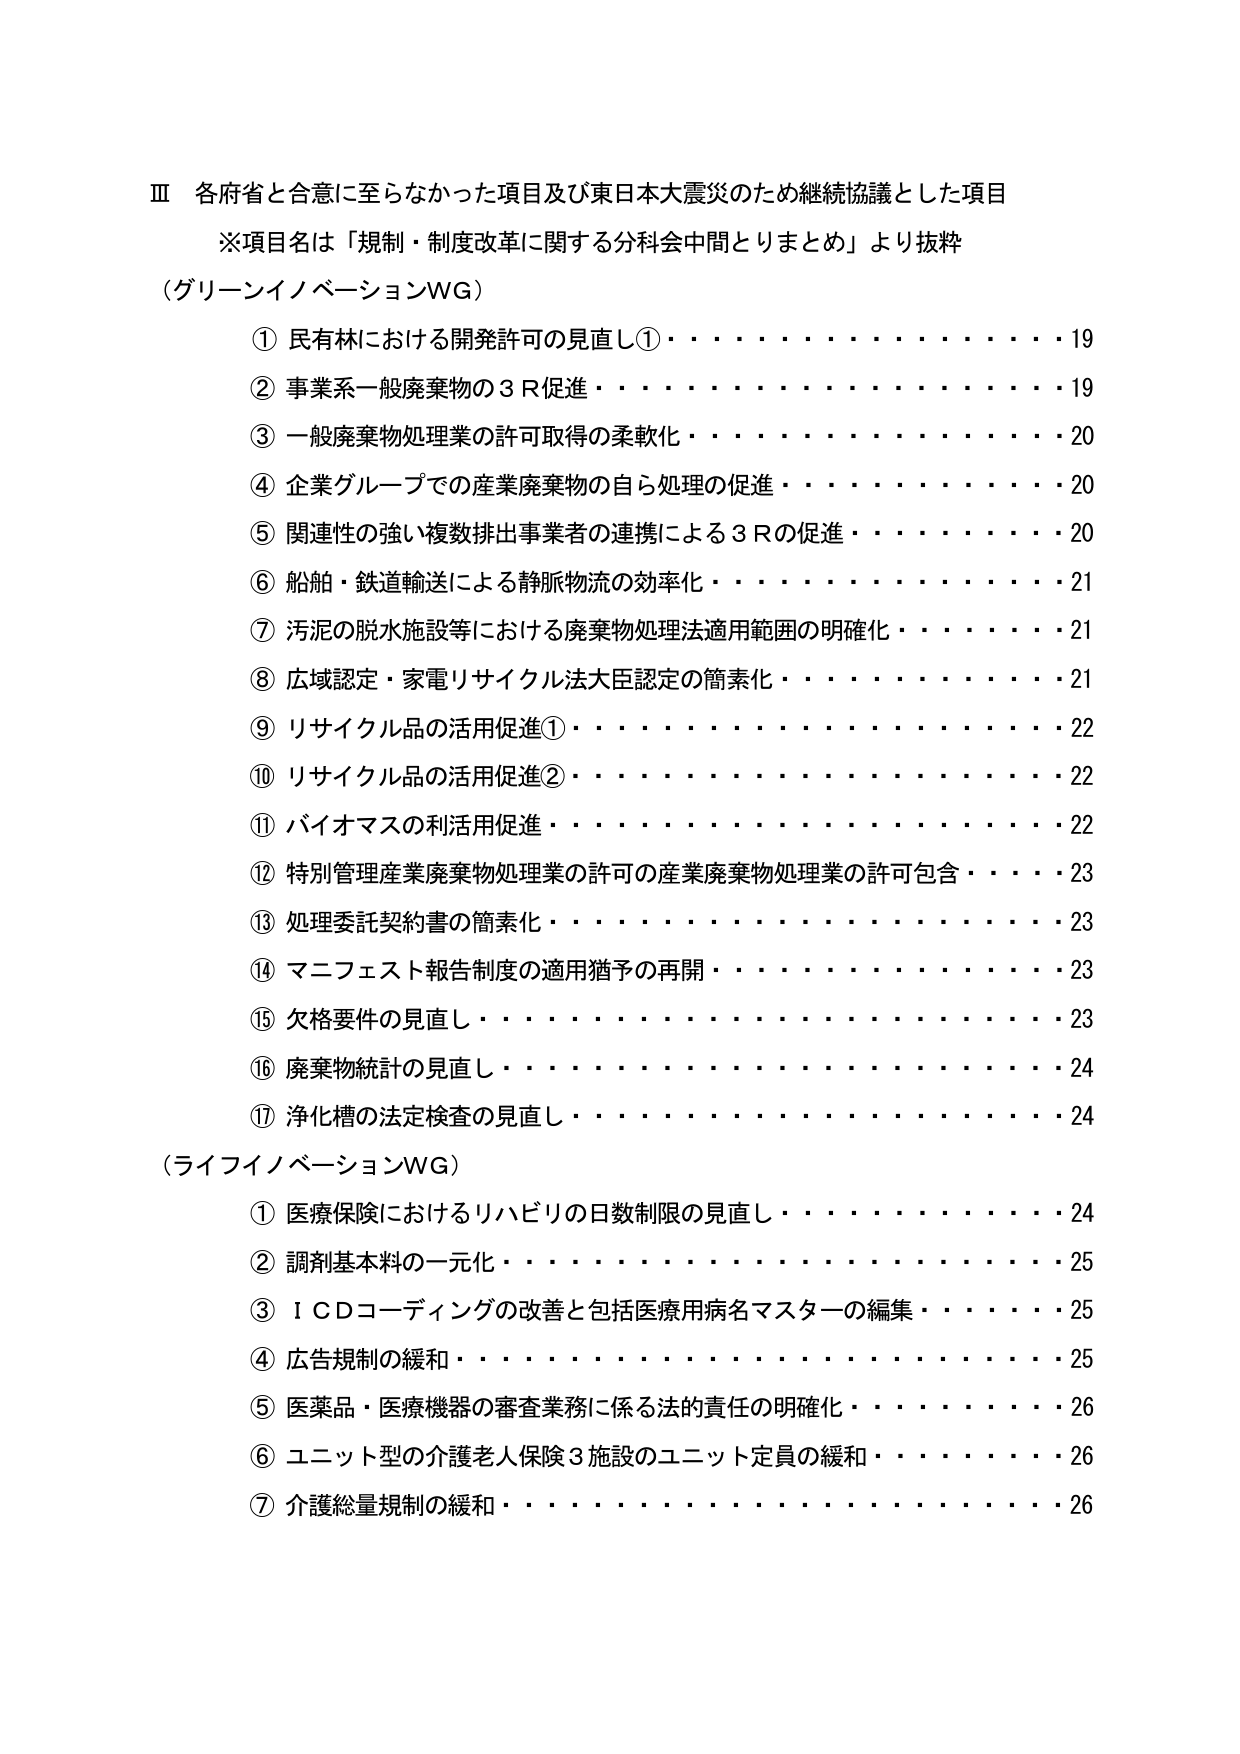
Ⅲ 各府省と合意に至らなかった項目及び東日本大震災のため継続協議とした項目
※項目名は「規制・制度改革に関する分科会中間とりまとめ」より抜粋
（グリーンイノベーションWG）
　① 民有林における開発許可の見直し①・・・・・・・・・・・・・・・・・・19
　② 事業系一般廃棄物の３Ｒ促進・・・・・・・・・・・・・・・・・・・・・・19
　③ 一般廃棄物処理業の許可取得の柔軟化・・・・・・・・・・・・・・・・・・20
　④ 企業グループでの産業廃棄物の自ら処理の促進・・・・・・・・・・・・・・20
　⑤ 関連性の強い複数排出事業者の連携による３Ｒの促進・・・・・・・・・・・・20
　⑥ 船舶・鉄道輸送による静脈物流の効率化・・・・・・・・・・・・・・・・・・21
　⑦ 汚泥の脱水施設等における廃棄物処理法適用範囲の明確化・・・・・・・・・・21
　⑧ 広域認定・家電リサイクル法大臣認定の簡素化・・・・・・・・・・・・・・21
　⑨ リサイクル品の活用促進①・・・・・・・・・・・・・・・・・・・・・・22
　⑩ リサイクル品の活用促進②・・・・・・・・・・・・・・・・・・・・・・22
　⑪ バイオマスの利活用促進・・・・・・・・・・・・・・・・・・・・・・22
　⑫ 特別管理産業廃棄物処理業の許可の産業廃棄物処理業の許可包含・・・・・・23
　⑬ 処理委託契約書の簡素化・・・・・・・・・・・・・・・・・・・・・・23
　⑭ マニフェスト報告制度の適用猶予の再開・・・・・・・・・・・・・・・・・・23
　⑮ 欠格要件の見直し・・・・・・・・・・・・・・・・・・・・・・・・23
　⑯ 廃棄物統計の見直し・・・・・・・・・・・・・・・・・・・・・・・・24
　⑰ 浄化槽の法定検査の見直し・・・・・・・・・・・・・・・・・・・・・・24
（ライフイノベーションWG）
　① 医療保険におけるリハビリの日数制限の見直し・・・・・・・・・・・・・・24
　② 調剤基本料の一元化・・・・・・・・・・・・・・・・・・・・・・・・25
　③ ＩＣＤコーディングの改善と包括医療用病名マスターの編集・・・・・・・・25
　④ 広告規制の緩和・・・・・・・・・・・・・・・・・・・・・・・・25
　⑤ 医薬品・医療機器の審査業務に係る法的責任の明確化・・・・・・・・・・・・26
　⑥ ユニット型の介護老人保険３施設のユニット定員の緩和・・・・・・・・・・26
　⑦ 介護総量規制の緩和・・・・・・・・・・・・・・・・・・・・・・・・26